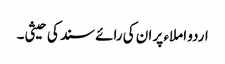
اردو املاء پر ان کی رائے سند کی حیثی۔